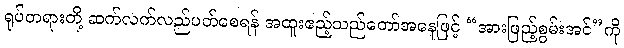
ရုပ်တရားတို့ ဆက်လက်လည်ပတ်စေရန် အထူးဧည့်သည်တော်အနေဖြင့် “အားဖြည့်စွမ်းအင်”ကို